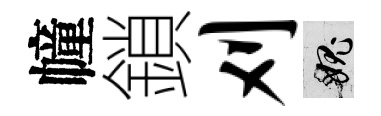
幢鎖刈愧